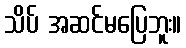
သိပ် အဆင်မပြေဘူး။